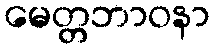
မေတ္တဘာဝနာ